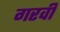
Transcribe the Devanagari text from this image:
गरवी